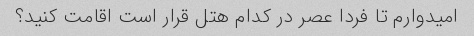
امیدوارم تا فردا عصر در کدام هتل قرار است اقامت کنید؟